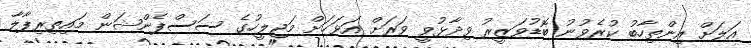
އަލަށް އިންތިހާބު ކުރެވުނު ބޮޑުވަޒީރު ވިދާޅުވީ ވަރަށް އަވަހަށް މަޖިލީހުގެ ސަސްޕެންޝަން މައިތިރިޕާލާ